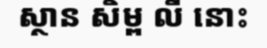
ស្ថាន សិម្ព លី នោះ